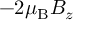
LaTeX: - 2 \mu _ { \mathrm { { B } } } B _ { z }